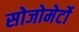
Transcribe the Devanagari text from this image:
सोजोमेर्टो